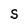
Character: S